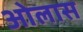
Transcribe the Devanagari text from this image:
ओलास